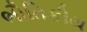
ભૌતિકીય